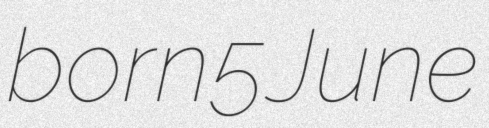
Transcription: born 5 June